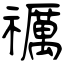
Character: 禲